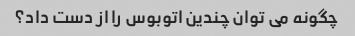
چگونه می توان چندین اتوبوس را از دست داد؟